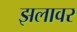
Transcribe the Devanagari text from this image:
झलावर